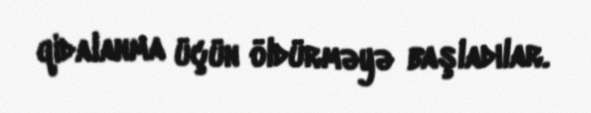
qidalanma üçün öldürməyə başladılar.